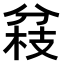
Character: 𠔢